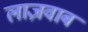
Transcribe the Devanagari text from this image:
लाज़वाब